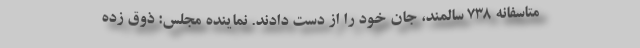
متاسفانه ۷۳۸ سالمند، جان خود را از دست دادند. نماینده مجلس: ذوق زده